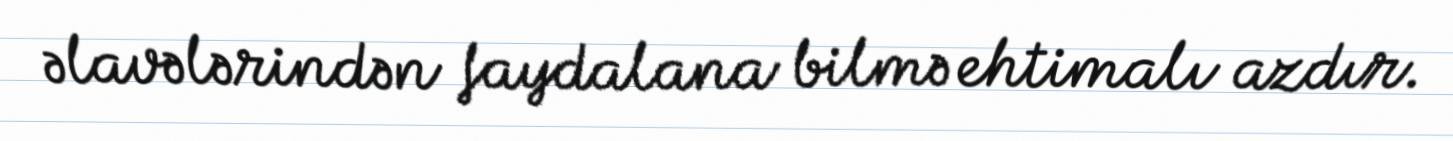
əlavələrindən faydalana bilmə ehtimalı azdır.